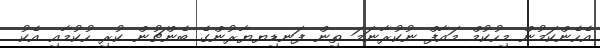
އެހެންކަމުން މިހުކުމް މައާފް ނުކުރާނަމަ ތިން ފަނޑިޔޔާރުންގެ ބެންޗުން ކުރި ހުކުމާއި އެކު